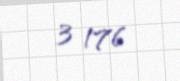
3 176